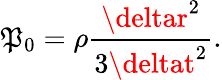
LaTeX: \mathfrak{P}_{0}=\rho\frac{{\deltar^{2}}}{{3\deltat^{2}}}.